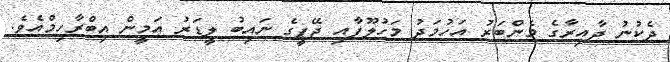
ދެކުނު ދާއިރާގެ މެންބަރު އަހުމަދު މަހުލޫފާއި ޖޭޕީގެ ނައިބު ލީޑަރު އަމީން އިބްރާހިމްއެވެ.